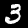
Digit: 3